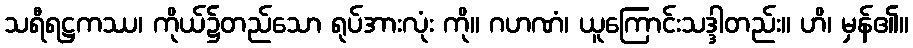
သရီရဋ္ဌကဿ၊ ကိုယ်၌တည်သော ရုပ်အားလုံး ကို။ ဂဟဏံ၊ ယူကြောင်းသဒ္ဒါတည်း။ ဟိ၊ မှန်၏။